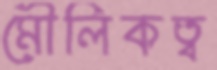
মৌলিকত্ব